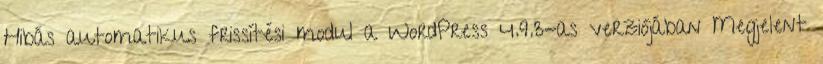
Hibás automatikus frissítési modul a WordPress 4.9.3-as verziójában Megjelent